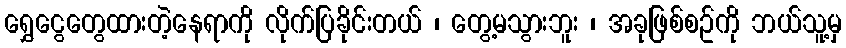
ရွှေငွေတွေထားတဲ့နေရာကို လိုက်ပြခိုင်းတယ် ၊ တွေ့မသွားဘူး ၊ အခုဖြစ်စဥ်ကို ဘယ်သူ့မှ